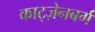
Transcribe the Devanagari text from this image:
काट्ज़ेनबर्ग